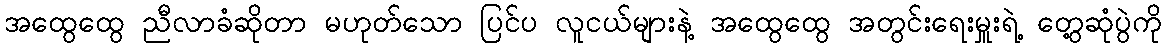
အထွေထွေ ညီလာခံဆိုတာ မဟုတ်သော ပြင်ပ လူငယ်များနဲ့ အထွေထွေ အတွင်းရေးမှူးရဲ့ တွေ့ဆုံပွဲကို